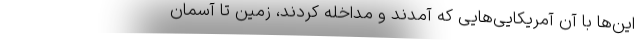
این‌ها با آن آمریکایی‌هایی که آمدند و مداخله کردند، زمین تا آسمان